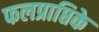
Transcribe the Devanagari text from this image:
फलप्राप्तिके